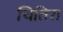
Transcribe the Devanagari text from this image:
चितिरा